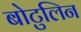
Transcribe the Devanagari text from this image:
बोटुलिन